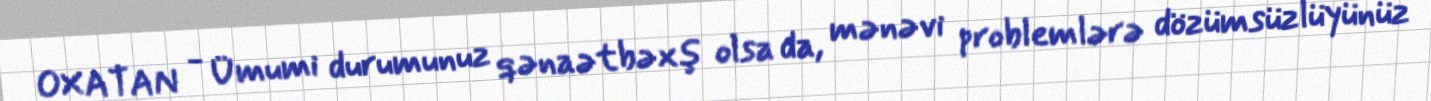
OXATAN - Ümumi durumunuz qənaətbəxş olsa da, mənəvi problemlərə dözümsüzlüyünüz